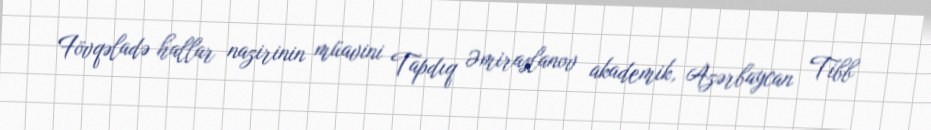
Fövqəladə hallar nazirinin müavini Tapdıq Əmiraslanov akademik, Azərbaycan Tibb